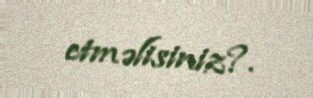
etməlisiniz?.